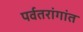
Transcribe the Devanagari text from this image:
पर्वतरांगांत